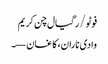
فوٹو/ رگیال چن کریم
وادی ناران، کاغان—۔